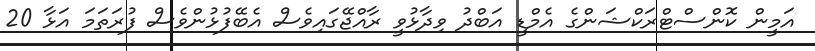
އަމީން ކޮންސްޓްރަކްޝަންގެ އެމްޑީ އަބްދު ވިދާޅުވީ ރާއްޖޭގައިވެސް އެބޭފުޅުންވެސް ފުރަތަމަ އަޅާ 20